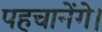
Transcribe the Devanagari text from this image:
पहचानेंगे।